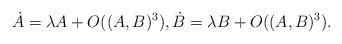
LaTeX: \begin{align*}\dot{A} =\lambda A +O((A,B)^3),\dot{B} =\lambda B +O((A,B)^3).\end{align*}